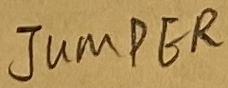
Text: JUMPER